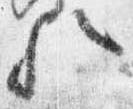
歟